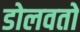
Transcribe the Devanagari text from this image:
डोलवतो